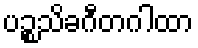
ပဉ္စသိခဂီတဂါထာ